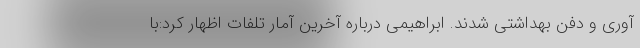
آوری و دفن بهداشتی شدند. ابراهیمی درباره آخرین آمار تلفات اظهار کرد:با